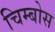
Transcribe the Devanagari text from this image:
चिम्बोस